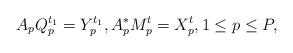
LaTeX: \begin{align*}A_p Q_p^{t_1} = Y_p^{t_1},A_p^* M_p^t = X_p^t,1 \leq p \leq P,\end{align*}